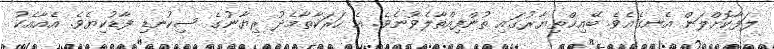
ލަފާކޮށްލަން އެނގެއެވެ. ބޭއިޚްތިޔާރުގައި ތުންފިއްތާލެވުނެވެ. އެ ހަރަކާތާމެދު ރިޔާނުގެ ސިކުނޑި ފާޑުކިޔެވެ. އެއާއެކު